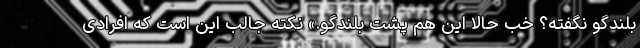
بلندگو نگفته؟ خب حالا این هم پشت بلندگو.» نکته جالب این است که افرادی